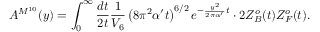
A ^ { M ^ { 1 0 } } ( y ) = \int _ { 0 } ^ { \infty } { \frac { d t } { 2 t } } { \frac { 1 } { V _ { 6 } } } \left( 8 \pi ^ { 2 } \alpha ^ { \prime } t \right) ^ { 6 / 2 } e ^ { - { \frac { y ^ { 2 } } { 2 \pi \alpha ^ { \prime } } } t } \cdot 2 Z _ { B } ^ { o } ( t ) Z _ { F } ^ { o } ( t ) .